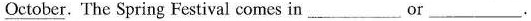
\underline{October} . The Spring Festival comes in ___ or ___